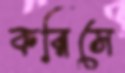
করিসে